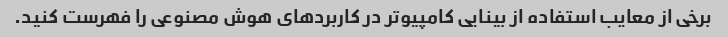
برخی از معایب استفاده از بینایی کامپیوتر در کاربردهای هوش مصنوعی را فهرست کنید.